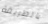
بالطريقة